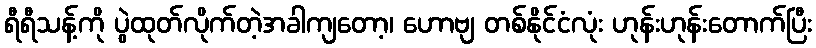
ရီရီသန့်ကို ပွဲထုတ်လိုက်တဲ့အခါကျတော့၊ ဟောဗျ တစ်နိုင်ငံလုံး ဟုန်းဟုန်းတောက်ပြီး